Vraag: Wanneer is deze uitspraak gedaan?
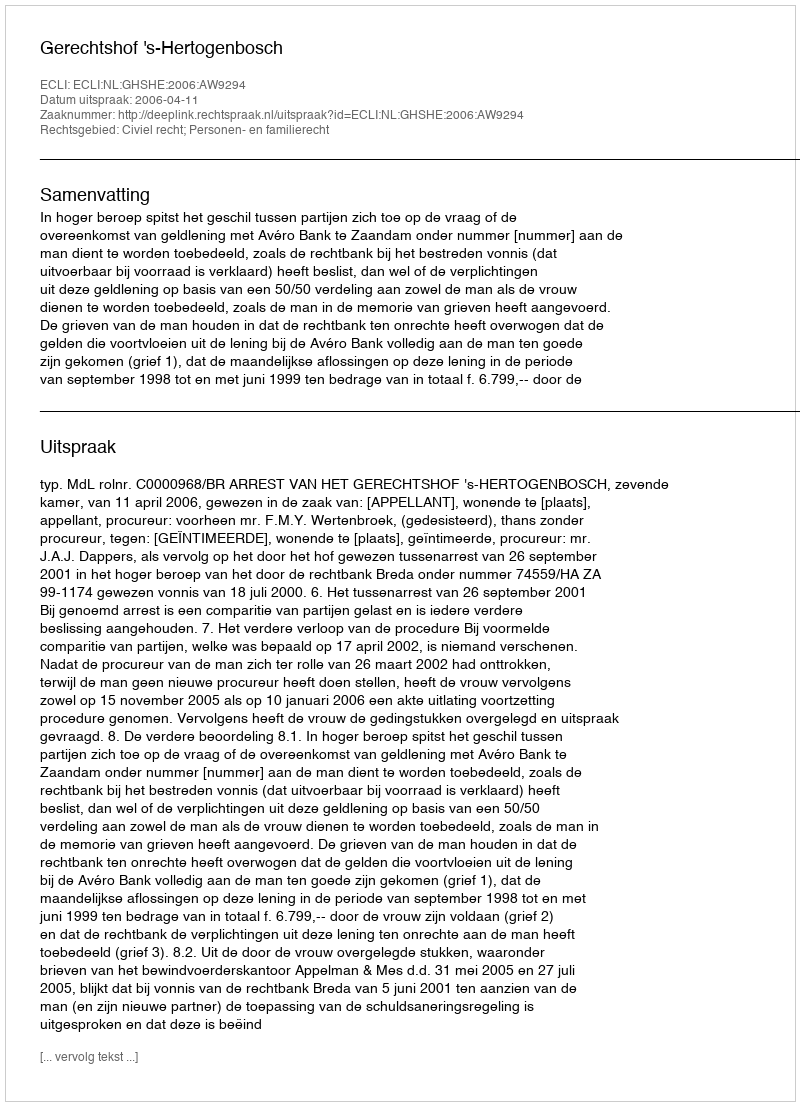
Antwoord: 2006-04-11